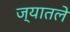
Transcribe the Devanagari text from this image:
ज्यातले